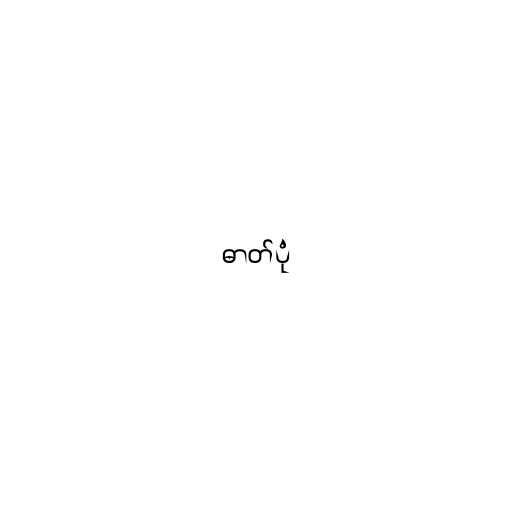
ဓာတ်ပုံ